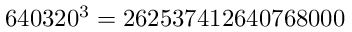
6 4 0 3 2 0 ^ { 3 } = 2 6 2 5 3 7 4 1 2 6 4 0 7 6 8 0 0 0